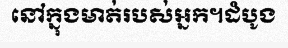
នៅក្នុងមាត់របស់អ្នក។ដំបូង